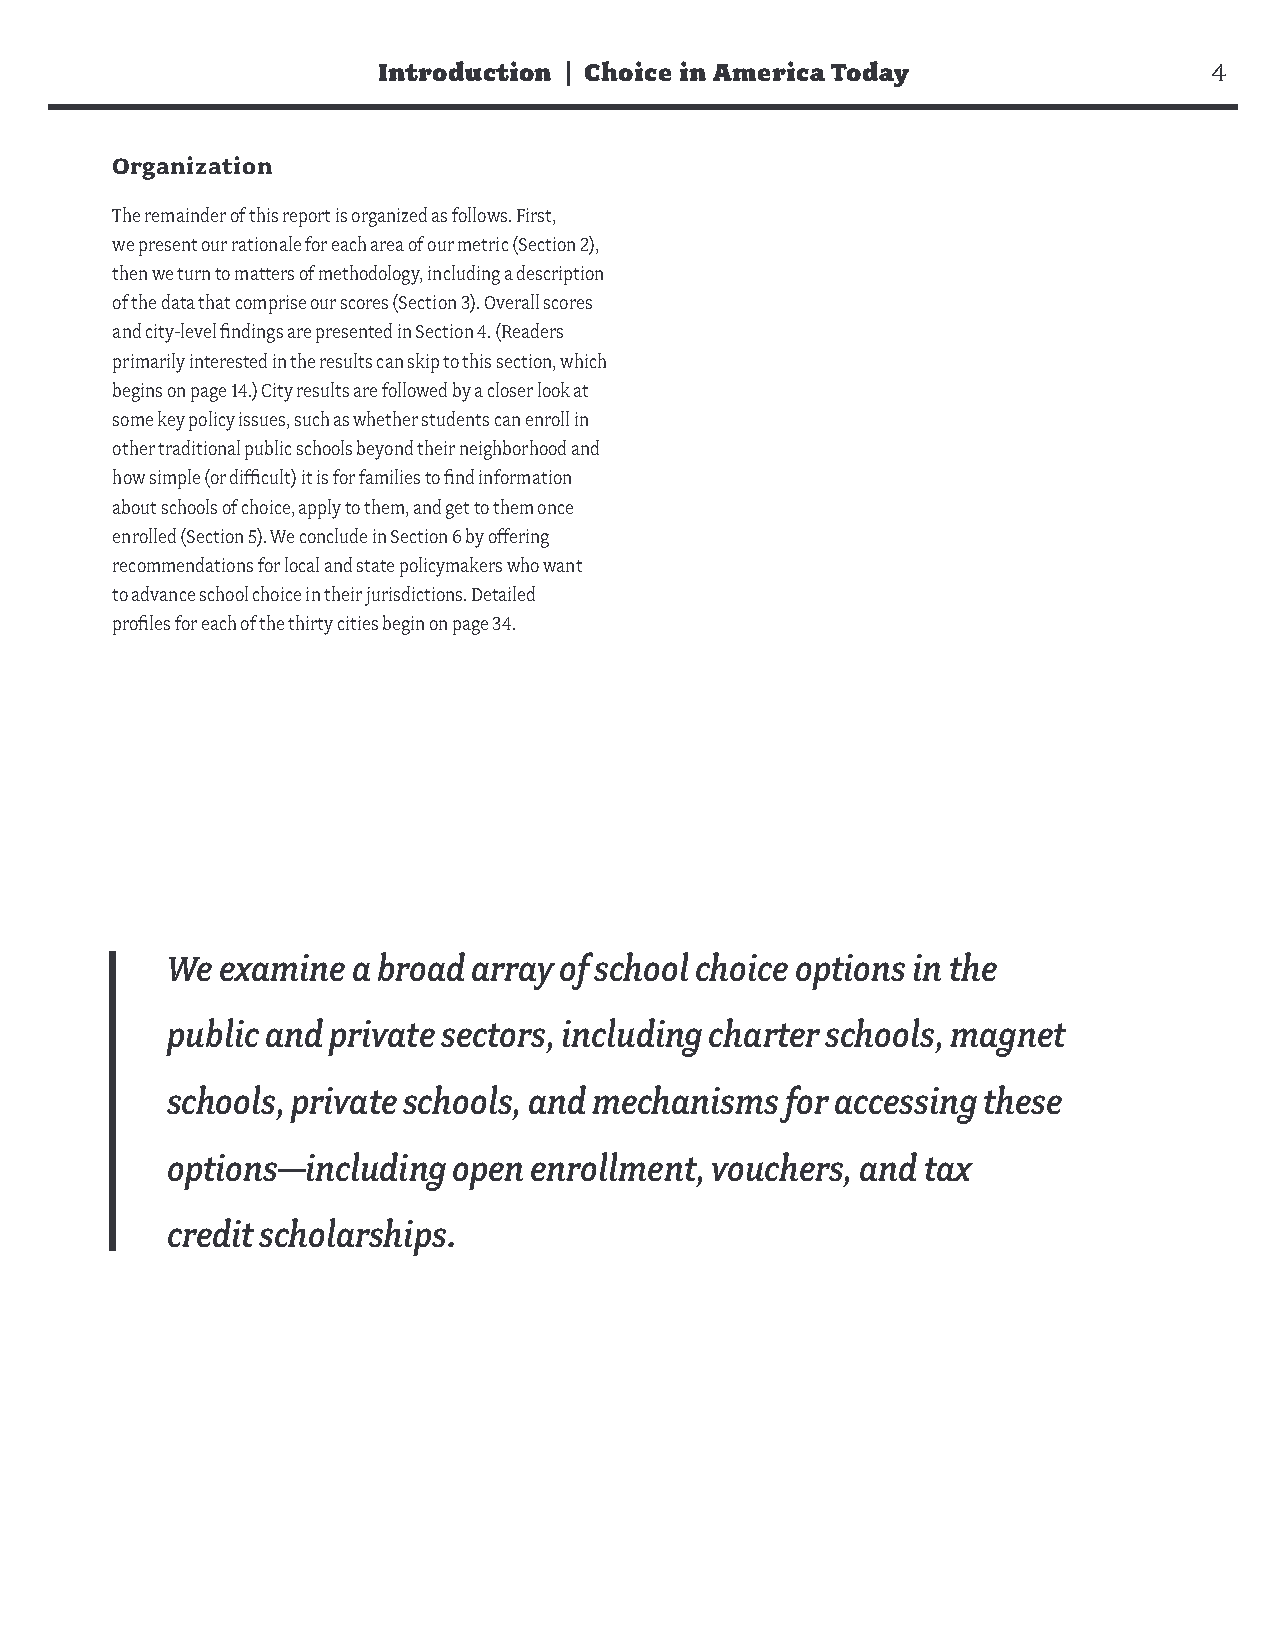
Introduction | Choice in America Today                 4
 Organization
 The remainder of this report is organized as follows. First,
 we present our rationale for each area of our metric (Section 2),
 then we turn to matters of methodology, including a description
 of the data that comprise our scores (Section 3). Overall scores
 and city-level findings are presented in Section 4. (Readers
 primarily interested in the results can skip to this section, which
 begins on page 14.) City results are followed by a closer look at
 some key policy issues, such as whether students can enroll in
 other traditional public schools beyond their neighborhood and
 how simple (or difficult) it is for families to find information
 about schools of choice, apply to them, and get to them once
 enrolled (Section 5). We conclude in Section 6 by offering
 recommendations for local and state policymakers who want
 to advance school choice in their jurisdictions. Detailed
 profiles for each of the thirty cities begin on page 34.
 We  examine a broad array of school choice options in the
 public and private sectors, including charter schools, magnet
 schools, private schools, and mechanisms for accessing these
 options—including  open enrollment, vouchers, and tax
 credit scholarships.